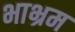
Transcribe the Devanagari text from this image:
भाभ्रम